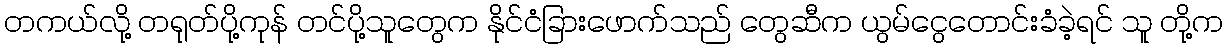
တကယ်လို့ တရုတ်ပို့ကုန် တင်ပို့သူတွေက နိုင်ငံခြားဖောက်သည် တွေဆီက ယွမ်ငွေတောင်းခံခဲ့ရင် သူ တို့က